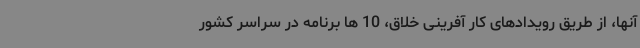
آنها، از طریق رویدادهای کار آفرینی خلاق، 10 ها برنامه در سراسر کشور